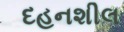
દહનશીલ